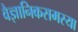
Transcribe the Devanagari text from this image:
वैज्ञानिकसमस्या